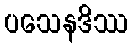
ပသေနဒိဿ